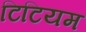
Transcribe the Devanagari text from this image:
टिटियम